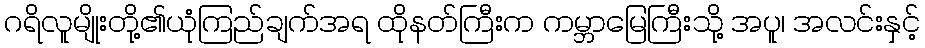
ဂရိလူမျိုးတို့၏ယုံကြည်ချက်အရ ထိုနတ်ကြီးက ကမ္ဘာမြေကြီးသို့ အပူ၊ အလင်းနှင့်